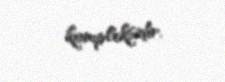
kompleksidir.